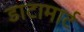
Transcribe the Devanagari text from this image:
डाटामार्ट